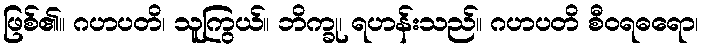
ဖြစ်၏။ ဂဟပတိ၊ သူကြွယ်။ ဘိက္ခု၊ ရဟန်းသည်။ ဂဟပတိ စီဝရဓရော၊